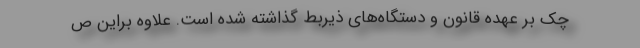
چک بر عهده قانون و دستگاه‌های ذیربط گذاشته شده است. علاوه براین ص